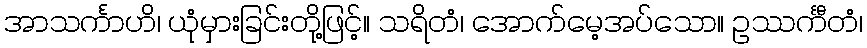
အာသင်္ကာဟိ၊ ယုံမှားခြင်းတို့ဖြင့်။ သရိတံ၊ အောက်မေ့အပ်သော။ ဥဿင်္ကီတံ၊